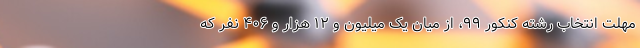
مهلت انتخاب رشته کنکور ۹۹، از میان یک میلیون و ۱۲ هزار و ۴۰۶ نفر که